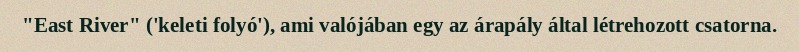
"East River" ('keleti folyó'), ami valójában egy az árapály által létrehozott csatorna.